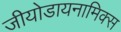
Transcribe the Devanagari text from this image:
जीयोडायनामिक्‍स